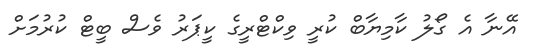
އޭނާ އެ ގޯލު ކާމިޔާބް ކުރީ ވިކްޓްރީގެ ކީޕަރު ވެސް ބީޓް ކުރުމަށް